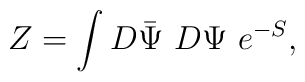
Z = \int D\bar{\Psi}~D\Psi ~e^{-S},